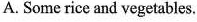
A. Some rice and vegetables.